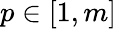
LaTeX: p\in[1,m]